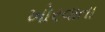
ખોરવાતા